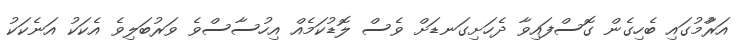
އަރާުމުގައި ބެހިގެން ގޮސްފައިވާ ދެހަށިގަނޑަށް ވެސް ލޮޑުކަމެއް އިހުސާސްވެ ވަރުބަލިވެ އެކަކު އަނެކަކު